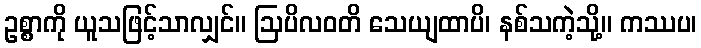
ဥစ္စာကို ယူသဖြင့်သာလျှင်။ ဩပိလဝတိ သေယျထာပိ၊ နစ်သကဲ့သို့။ ကဿပ၊